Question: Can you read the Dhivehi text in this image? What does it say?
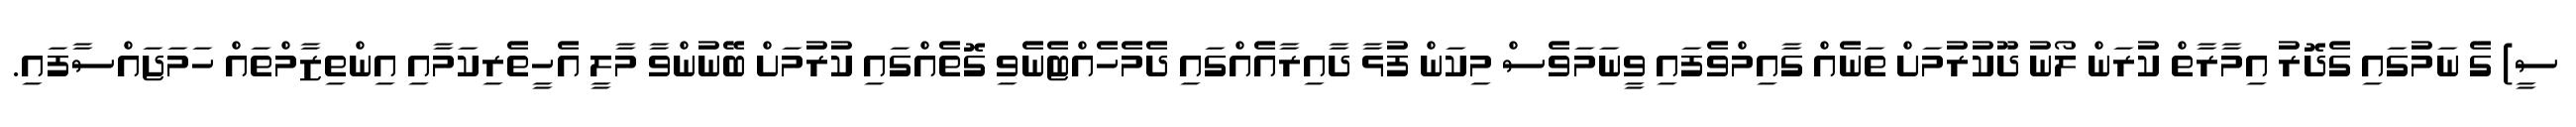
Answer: ސީ) ގެ ނަމުގައި ގެދޮރު އިމާރާތް ކުރަން ލޯނު ދޫކުރުމަށް ތަނެއް ގާއިމްވެފައި ވީނަމަވެސް މިކަން ފުޅާ ދާއިރާއެއްގައި ދެމެހެއްޓެނެވި ގޮތެއްގައި ކުރުމަށް ބޭނުންވާ މާލީ އެހީތެރިކަމާއި އިންތިޒާމްތައް ހަމަޖައްސާފައި.